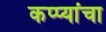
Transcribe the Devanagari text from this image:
कप्प्यांचा